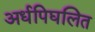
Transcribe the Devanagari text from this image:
अर्धपिघलित